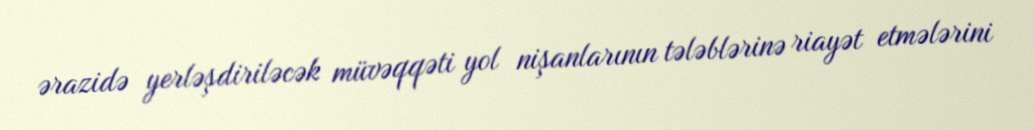
ərazidə yerləşdiriləcək müvəqqəti yol nişanlarının tələblərinə riayət etmələrini